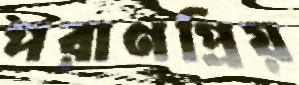
পরাণপ্রিয়